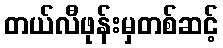
တယ်လီဖုန်းမှတစ်ဆင့်